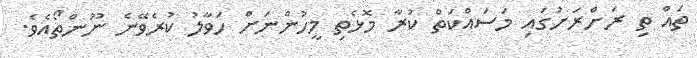
ތައް ތި ރަށްރަށުގައި މަސައްކަތް ކުރާ މޮޅެތި މީހުންނަށް ހަވާލު ކުރެވޭނެ ނޫންތޯއެވެ.